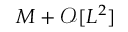
M + \mathcal { O } [ L ^ { 2 } ]